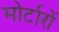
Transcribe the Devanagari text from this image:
मोर्टारों